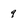
Character: 9